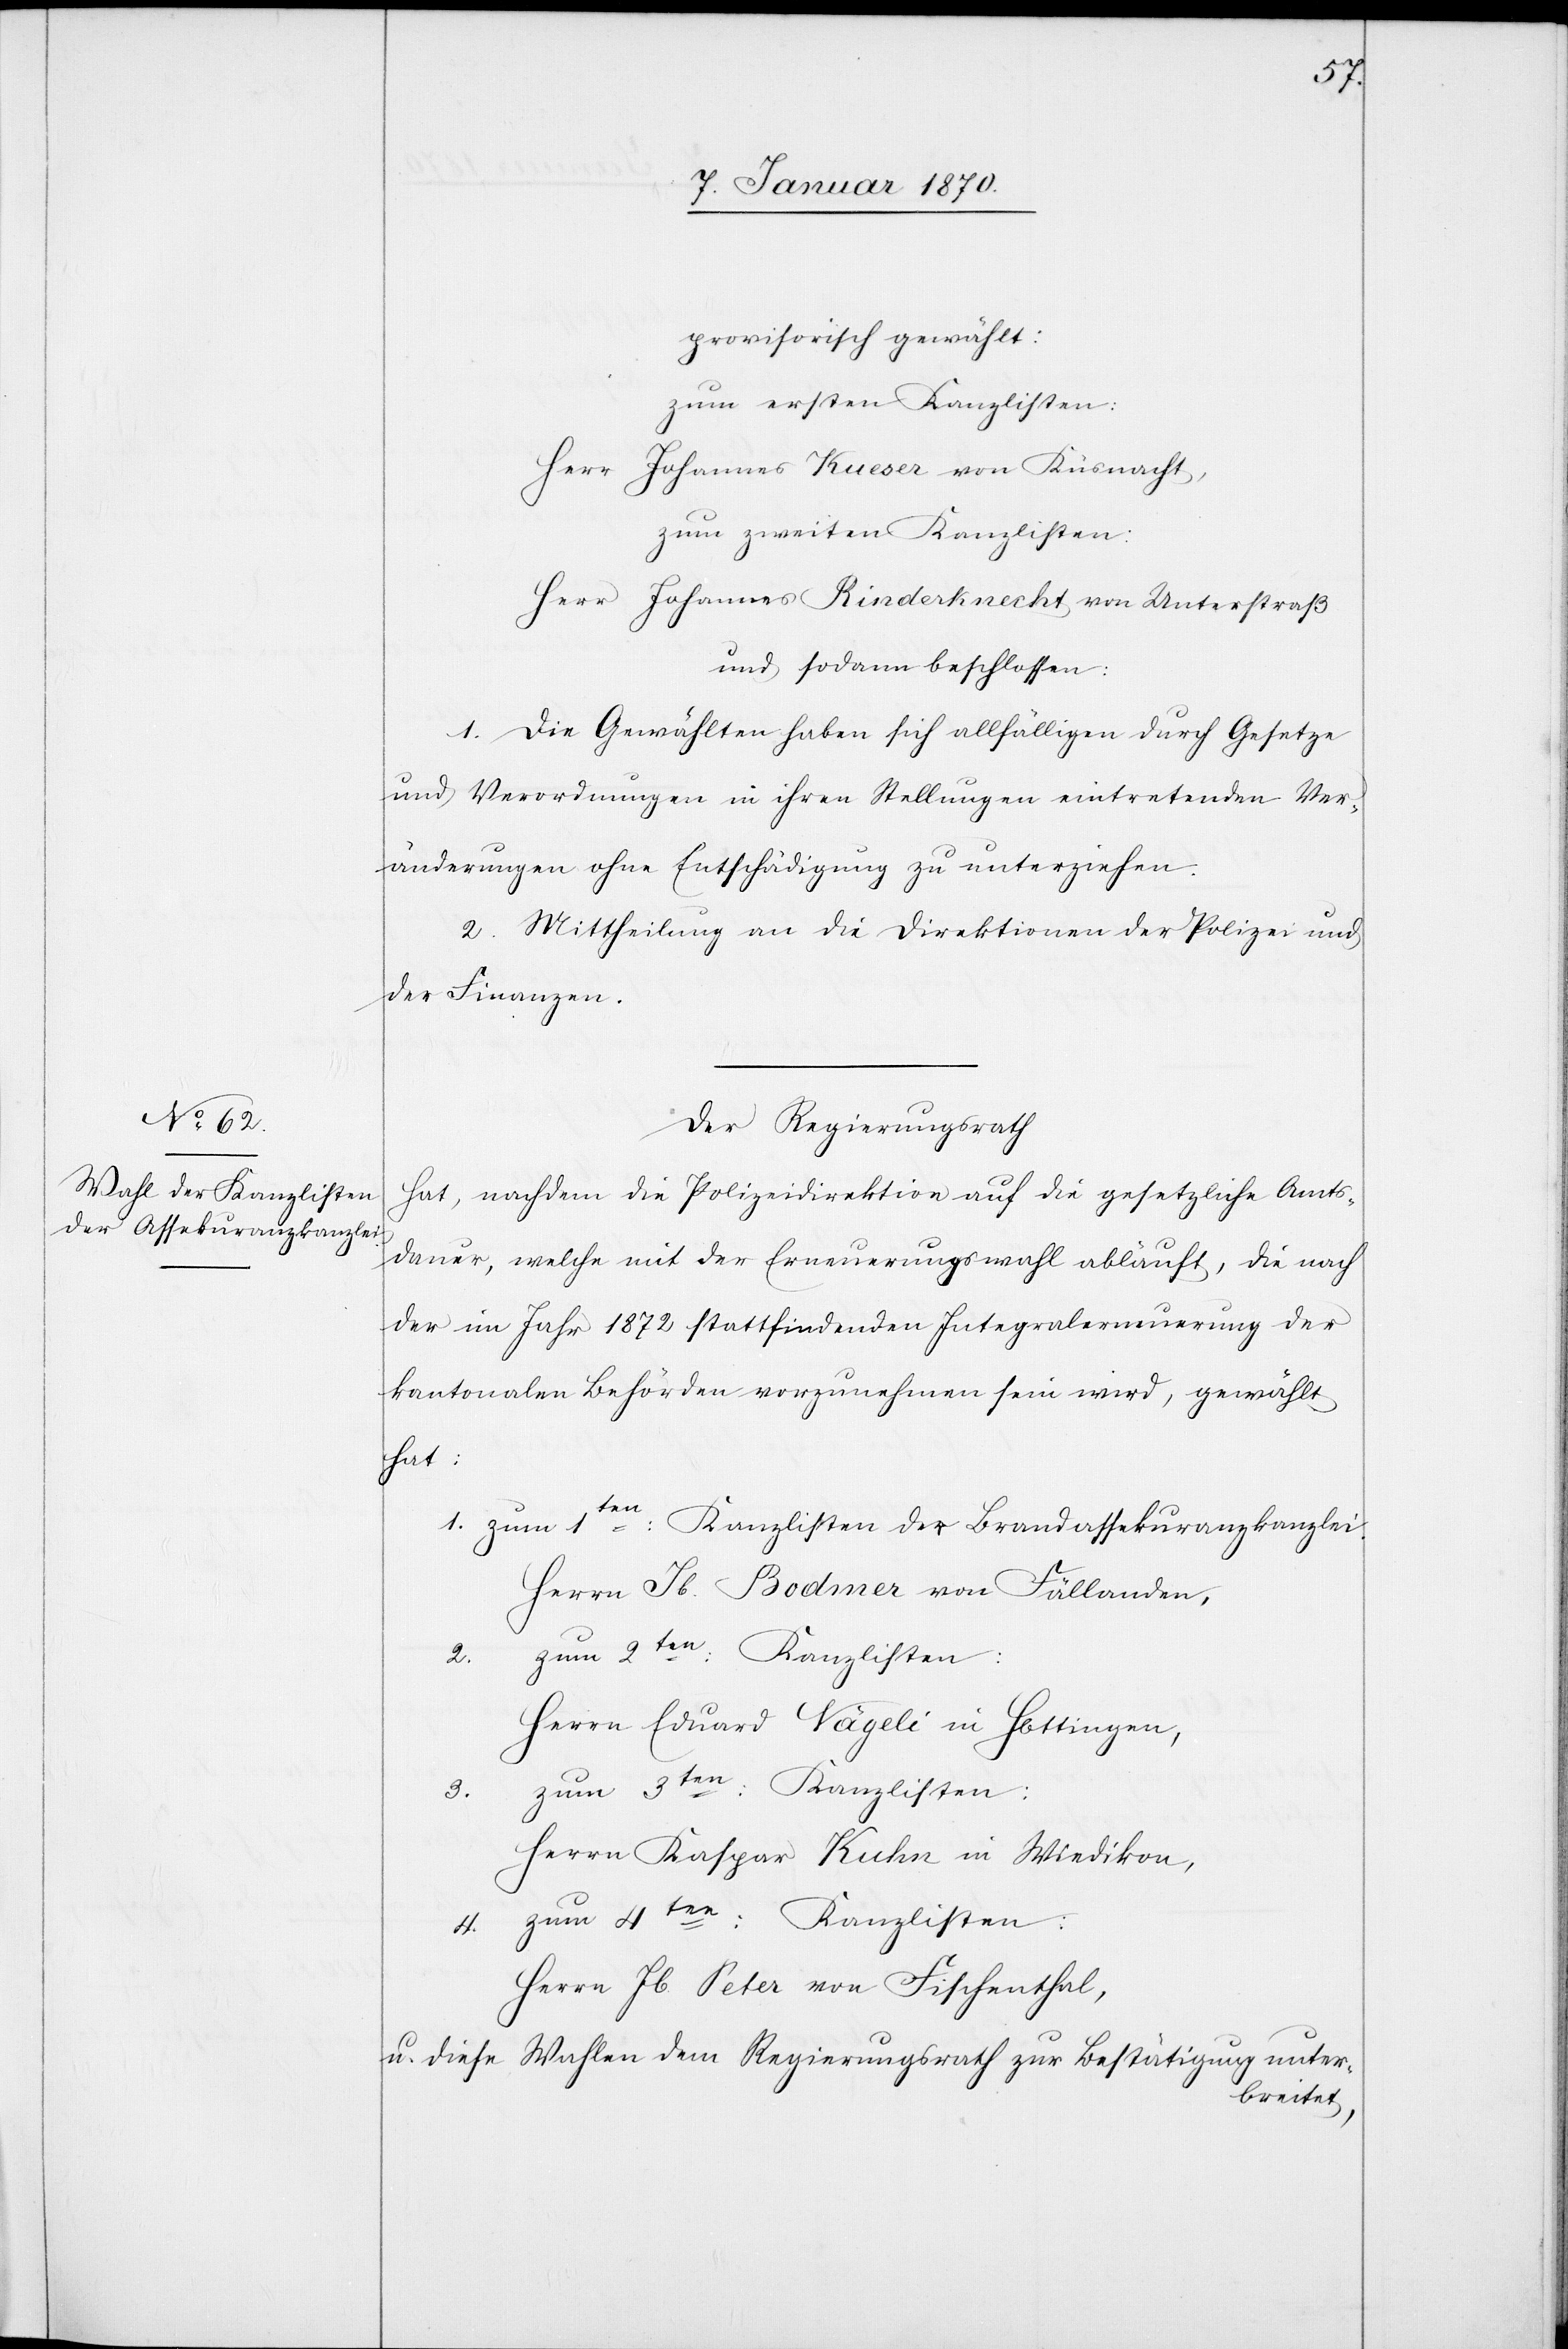
provisorisch gewählt:
zum ersten Kanzlisten:
Herr Johannes Kueser von Küsnacht,
zum zweiten Kanzlisten:
Herr Johannes Rinderknecht von Unterstraß
und sodann beschlossen:
1. Die Gewählten haben sich allfälligen durch Gesetze
und Verordnungen in ihrer Stellung eintretenden Ver¬
änderungen ohne Entschädigung zu unterziehen.
2. Mittheilung an die Direktionen der Polizei und
der Finanzen.
Der Regierungsrath
hat, nachdem die Polizeidirektion auf die gesetzliche Amts¬
dauer, welche mit der Erneuerungswahl abläuft, die nach
der im Jahr 1872 stattfindenden Integralerneuerung der
kantonalen Behörden vorzunehmen sein wird, gewählt
hat:
1. zum 1ten: Kanzlisten der Brandassekuranzkanzlei.
Herrn Jb. Bodmer von Fällanden,
2.
Herrn Eduard Nägeli in Hottingen,
zum 3ten: Kanzlisten:
3.
Herrn Kaspar Kuhn in Wiedikon,
4. zum 4ten: Kanzlisten:
Herrn Jb. Seter von Fischenthal,
u. diese Wahlen dem Regierungsrath zur Bestätigung unter¬
breitet,